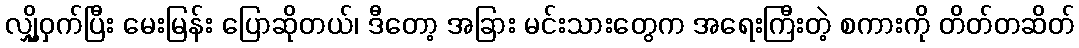
လျှို့ဝှက်ပြီး မေးမြန်း ပြောဆိုတယ်၊ ဒီတော့ အခြား မင်းသားတွေက အရေးကြီးတဲ့ စကားကို တိတ်တဆိတ်